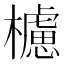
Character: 櫖